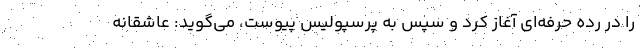
را در رده حرفه‌اي آغاز كرد و سپس به پرسپوليس پيوست، مي‌گويد: عاشقانه